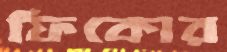
ফিকোর